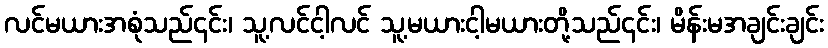
လင်မယားအစုံသည်၎င်း၊ သူ့လင်ငါ့လင် သူ့မယားငါ့မယားတို့သည်၎င်း၊ မိန်းမအချင်းချင်း